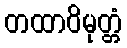
တထာဝိမုတ္တံ